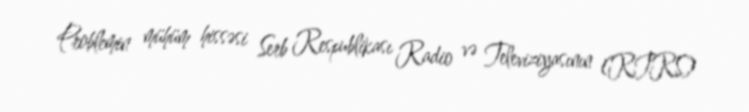
Problemin mühüm hissəsi Serb Respublikası Radio və Televiziyasının (RTRS)